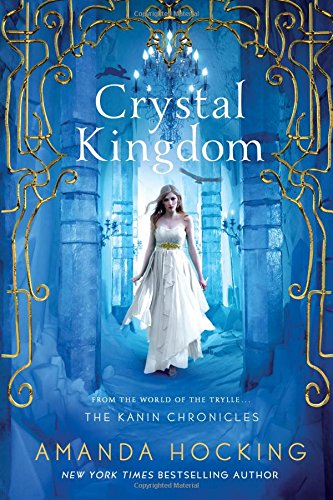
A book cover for Crystal Kingdom (The Kanin Chronicles); Amanda Hocking; Teen & Young Adult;